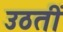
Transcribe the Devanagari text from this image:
उठतीं